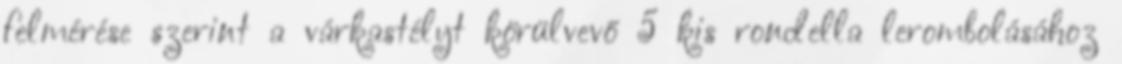
felmérése szerint a várkastélyt körülvevő 5 kis rondella lerombolásához